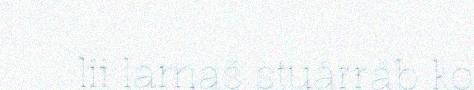
lii lamaš stuárráb ko